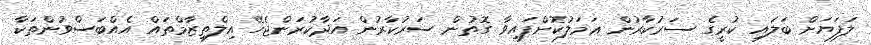
ލަފަޔަށް ބަލައި ކުރީގެ ސަރުކާރުން ޢަމަލުކޮށްފައިވާ ގޮތުން ސަރުކާރުން އަދާކުރަންޖެހޭ އިލްތިޒާމްތައް އެއްބަސްވުންތަކާ